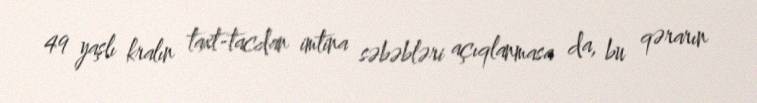
49 yaşlı kralın taxt-tacdan imtina səbəbləri açıqlanmasa da, bu qərarın